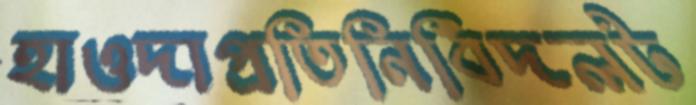
হাওদাপ্রতিনিধিদলট